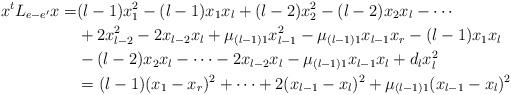
LaTeX: \begin{align*}x^tL_{e-e'}x=&(l-1)x^2_1-(l-1)x_1x_l+(l-2)x^2_2-(l-2)x_2x_l-\cdots\\&+2x^2_{l-2}-2x_{l-2}x_l+\mu_{(l-1)1}x^2_{l-1}-\mu_{(l-1)1}x_{l-1}x_r-(l-1)x_1x_l\\&-(l-2)x_2x_l-\cdots-2x_{l-2}x_l-\mu_{(l-1)1}x_{l-1}x_l+d_lx^2_l\\&=(l-1)(x_1-x_r)^2+\cdots+2(x_{l-1}-x_l)^2+\mu_{(l-1)1}(x_{l-1}-x_l)^2\end{align*}